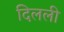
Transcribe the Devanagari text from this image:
दिलली